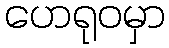
ဟေရုဝမှာ